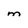
Character: m